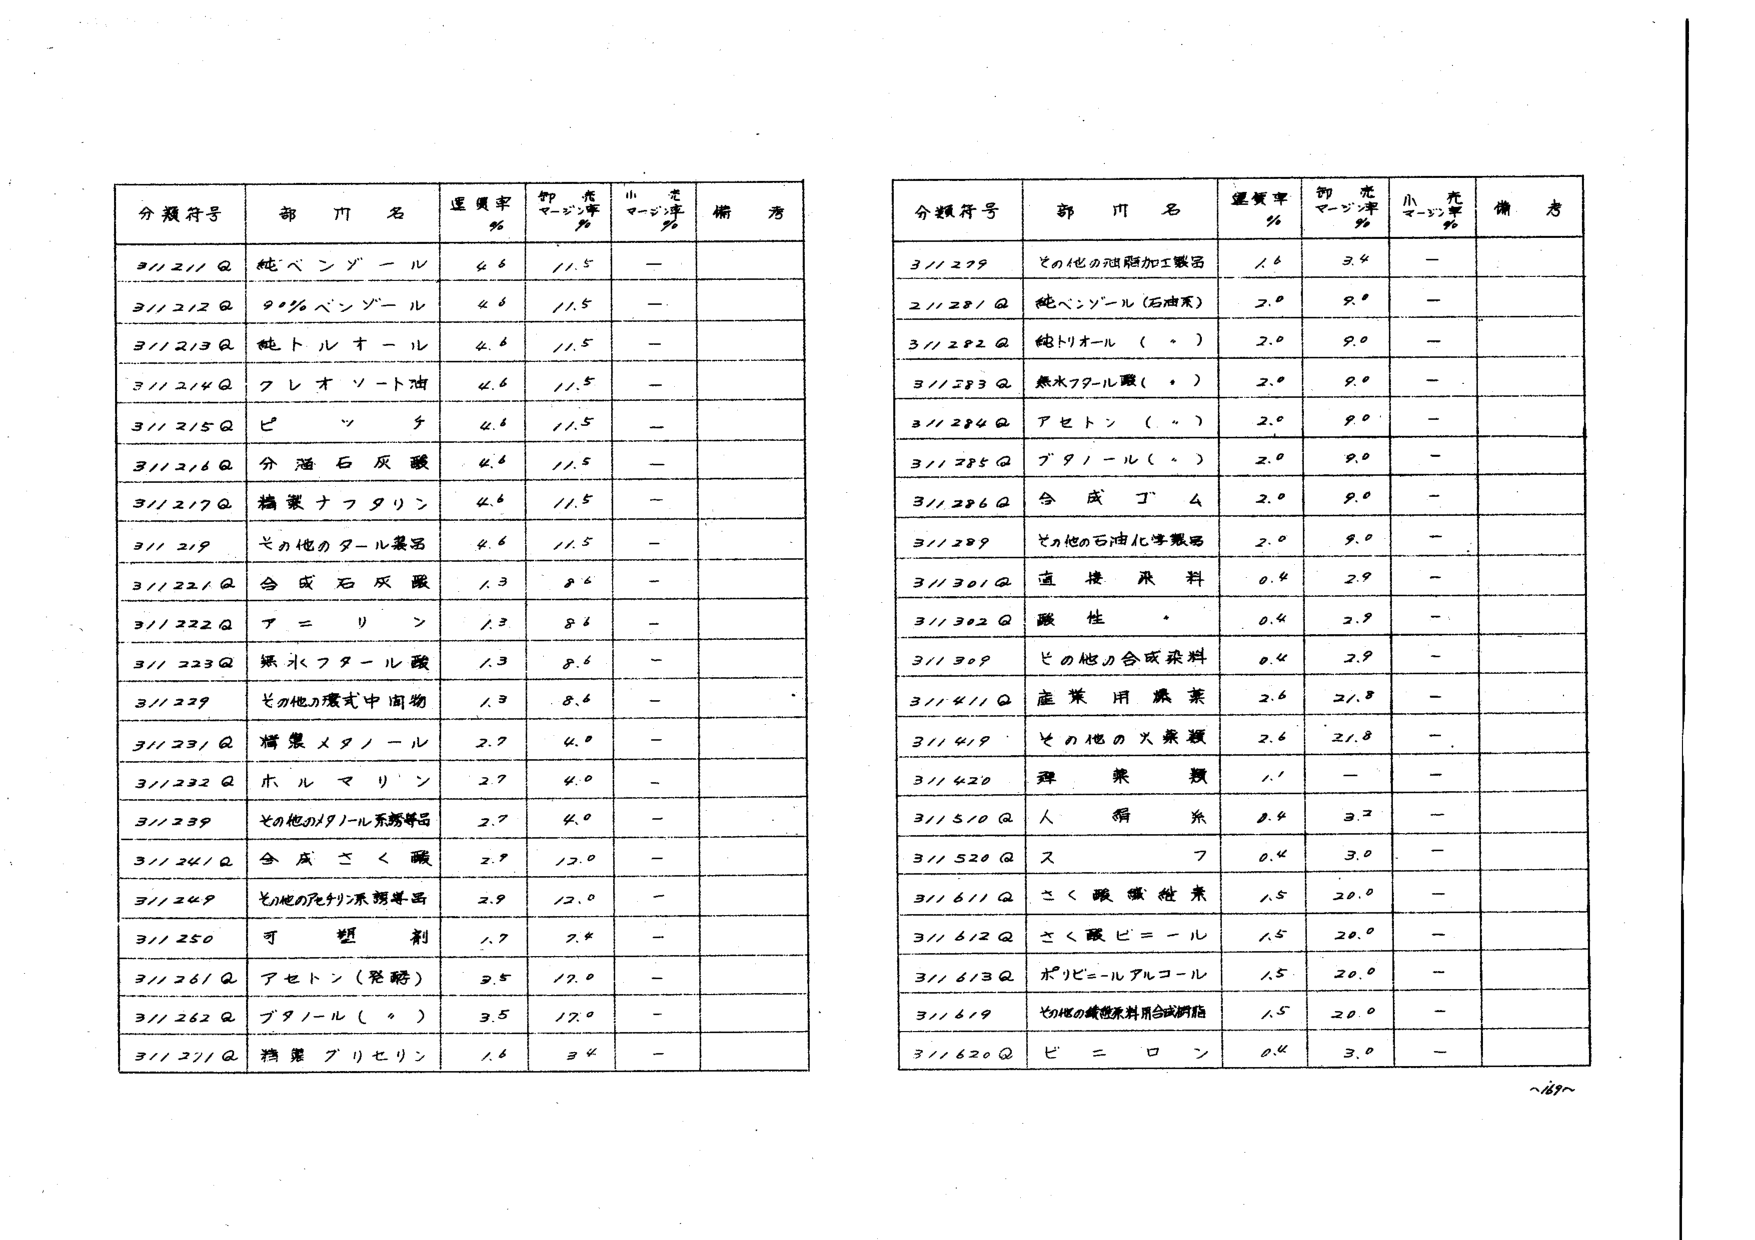
分類符号 部門名 運賃率％ 卸売マージン率％ 小売マージン率％ 備考
3//2//Q 純ベンゾール 4.6 //.5 —
3//2/2Q 90％ベンゾール 4.6 //.5 —
3//2/3Q 純トルオール 4.6 //.5 —
3//2/4Q クレオソート油 4.6 //.5 —
3//2/5Q ピッケ 4.6 //.5 —
3//2/6Q 分溜石炭酸 4.6 //.5 —
3//2/7Q 精製ナフタリン 4.6 //.5 —
3//2/9 その他のタール製品 4.6 //.5 —
3//22/1Q 合成石炭酸 1.3 8.6 —
3//222Q テ＝リン 1.3 8.6 —
3//223Q 無水フタール酸 1.3 8.6 —
3//229 その他の環式中間物 1.3 8.6 —
3//23/1Q 精製メタノール 2.7 4.0 —
3//232Q ホルマリン 2.7 4.0 —
3//239 その他のメタノール系誘導品 2.7 4.0 —
3//24/1Q 合成さく酸 2.9 12.0 —
3//249 その他のアクリル系誘導品 2.9 12.0 —
3//250 可塑剤 1.7 2.4 —
3//26/1Q アセトン（発酵） 3.5 12.0 —
3//262Q ブタノール（〃） 3.5 12.0 —
3//27/1Q 精製グリセリン 1.6 3.4 —

分類符号 部門名 運賃率％ 卸売マージン率％ 小売マージン率％ 備考
3//279 その他の油脂加工製品 1.6 3.4 —
2//28/1Q 純ベンゾール（石油系） 2.0 9.0 —
3//282Q 純トリオール（〃） 2.0 9.0 —
3//283Q 無水フタール酸（〃） 2.0 9.0 —
3//284Q アセトン（〃） 2.0 9.0 —
3//285Q ブタノール（〃） 2.0 9.0 —
3//286Q 合成丁4 2.0 9.0 —
3//289 その他の石油化学製品 2.0 9.0 —
3//30/1Q 直接染料 0.4 2.9 —
3//302Q 酸性・ 0.4 2.9 —
3//309 その他の合成染料 0.4 2.9 —
3//4/1Q 産業用農薬 2.6 21.8 —
3//4/9 その他の火薬類 2.6 21.8 —
3//420 弾薬類 1.1 — —
3//5/0Q 人畜糞 0.4 3.2 —
3//520Q ス7 0.4 3.0 —
3//6/1Q さく酸繊維素 1.5 20.0 —
3//6/2Q さく酸ビニール 1.5 20.0 —
3//6/3Q ポリビニルアルコール 1.5 20.0 —
3//6/9 その他の繊維素利用合成樹脂 1.5 20.0 —
3//620Q ビニロン 0.4 3.0 —
～49～